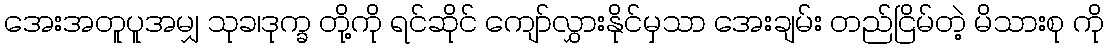
အေးအတူပူအမျှ သုခ၊ဒုက္ခ တို့ကို ရင်ဆိုင် ကျော်လွှားနိုင်မှသာ အေးချမ်း တည်ငြိမ်တဲ့ မိသားစု ကို